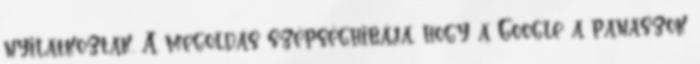
nyilatkoztak. A megoldás szépséghibája, hogy a Google a panaszok